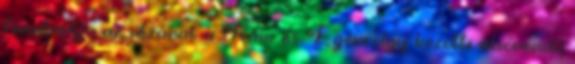
fenntartja az útzárat a Kám és Egervölgy közötti alsórendű